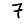
Digit: 7